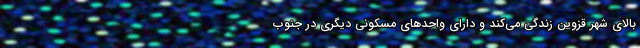
بالای شهر قزوین زندگی می‌کند و دارای واحدهای مسکونی دیگری در جنوب